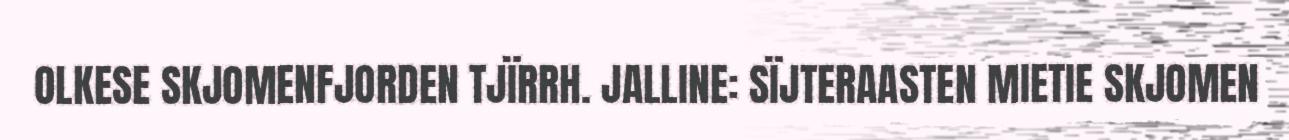
OLKESE SKJOMENFJORDEN TJÏRRH. JALLINE: SÏJTERAASTEN MIETIE SKJOMEN